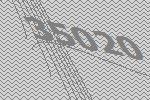
35020